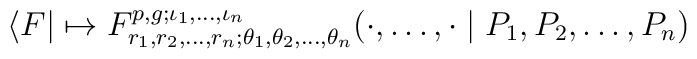
\langle F|\mapsto    F^{p,g;\iota_1,\dots,\iota_n}_{r_1,r_2,\dots,r_n;      \theta_1,\theta_2,\dots,\theta_n}    (\cdot,\dots,\cdot\mid P_1,P_2,\dots,P_n)